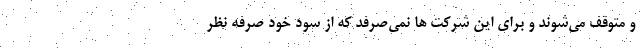
و متوقف می‌شوند و برای این شرکت ها نمی‌صرفد که از سود خود صرفه نظر